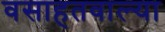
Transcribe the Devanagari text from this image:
वसाहतवाल्या